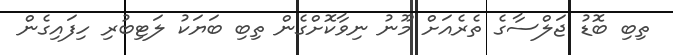
ތިބި ބޮޑު ޖަލްސާގެ ތެރެއަށް މޫނު ނިވާކޮށްގެން ތިބި ބަޔަކު ލަޓިބުރި ހިފައިގެން